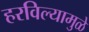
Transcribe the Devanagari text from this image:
हरविल्यामुळे